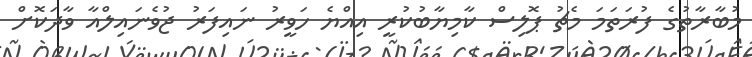
މުބާރާތުގެ ފުރަތަމަ މެޗު ޕޮލިސް ކާމިޔާބުކުރީ އިއްޔެ ހަވީރު ނައިފަރު ޖުވެނައިލްއާ ވާދަކޮށް